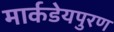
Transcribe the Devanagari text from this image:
मार्कडेयपुरण